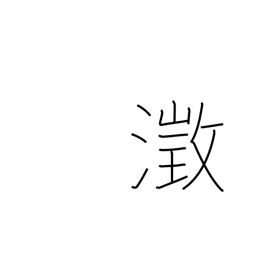
Meaning: clear and still water